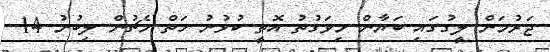
ޖަރުމަން ލީގުގައި ބަޔާން މިވަގުތު އޮތީ ކުޅުނު ހަތް މެޗުން ލިބުނު 14